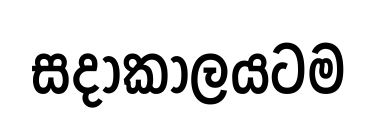
සදාකාලයටම